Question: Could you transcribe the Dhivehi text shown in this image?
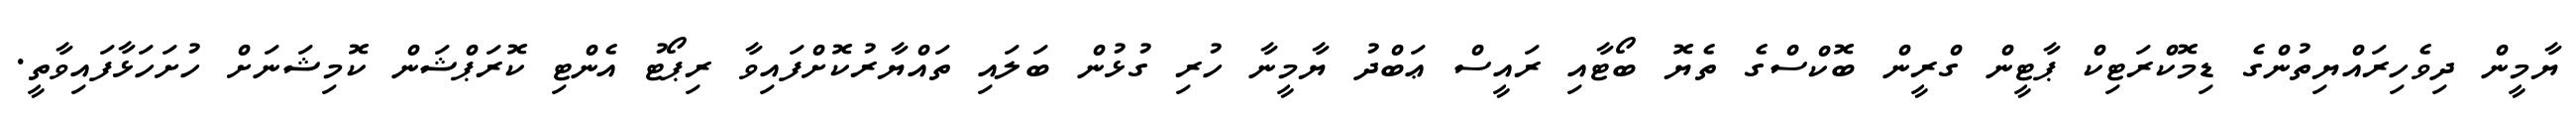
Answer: ޔާމީން ދިވެހިރައްޔިތުންގެ ޑިމޮކްރަޓިކް ޕާޓީން ގްރީން ބޮކްސްގެ ތެޔޮ ބޯޓާއި ރައީސް ޢަބްދު ޔާމީނާ ހުރި ގުޅުން ބަލައި ތައްޔާރުކޮށްފައިވާ ރިޕޯޓު އެންޓި ކޮރަޕްޝަން ކޮމިޝަނަށް ހުށަހަޅާފައިވާތީ.